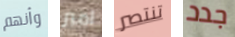
وأنهم امبر تنتصر جدد